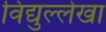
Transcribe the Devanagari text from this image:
विद्युल्लेखा